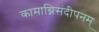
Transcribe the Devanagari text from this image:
कामाग्निसंदीपनम्